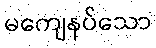
မကျေနပ်သော